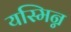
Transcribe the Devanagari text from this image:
यस्मिन्न